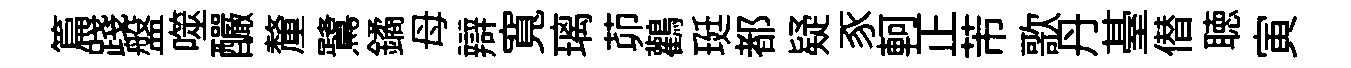
篇踐盤噬釅釐鷺鐍母辯寬璃茆鸛珽都疑豕軻正芾歌丹䑓僣聴寅